Treatise on elephants
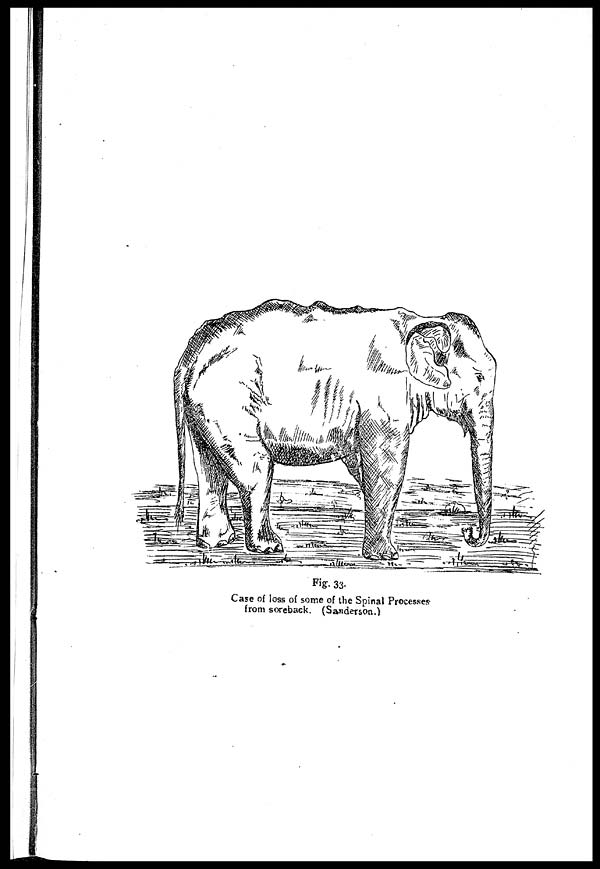
Fig. 33.
Case of loss of some of the Spinal Processes
from soreback. (Sanderson.)